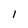
Character: 1